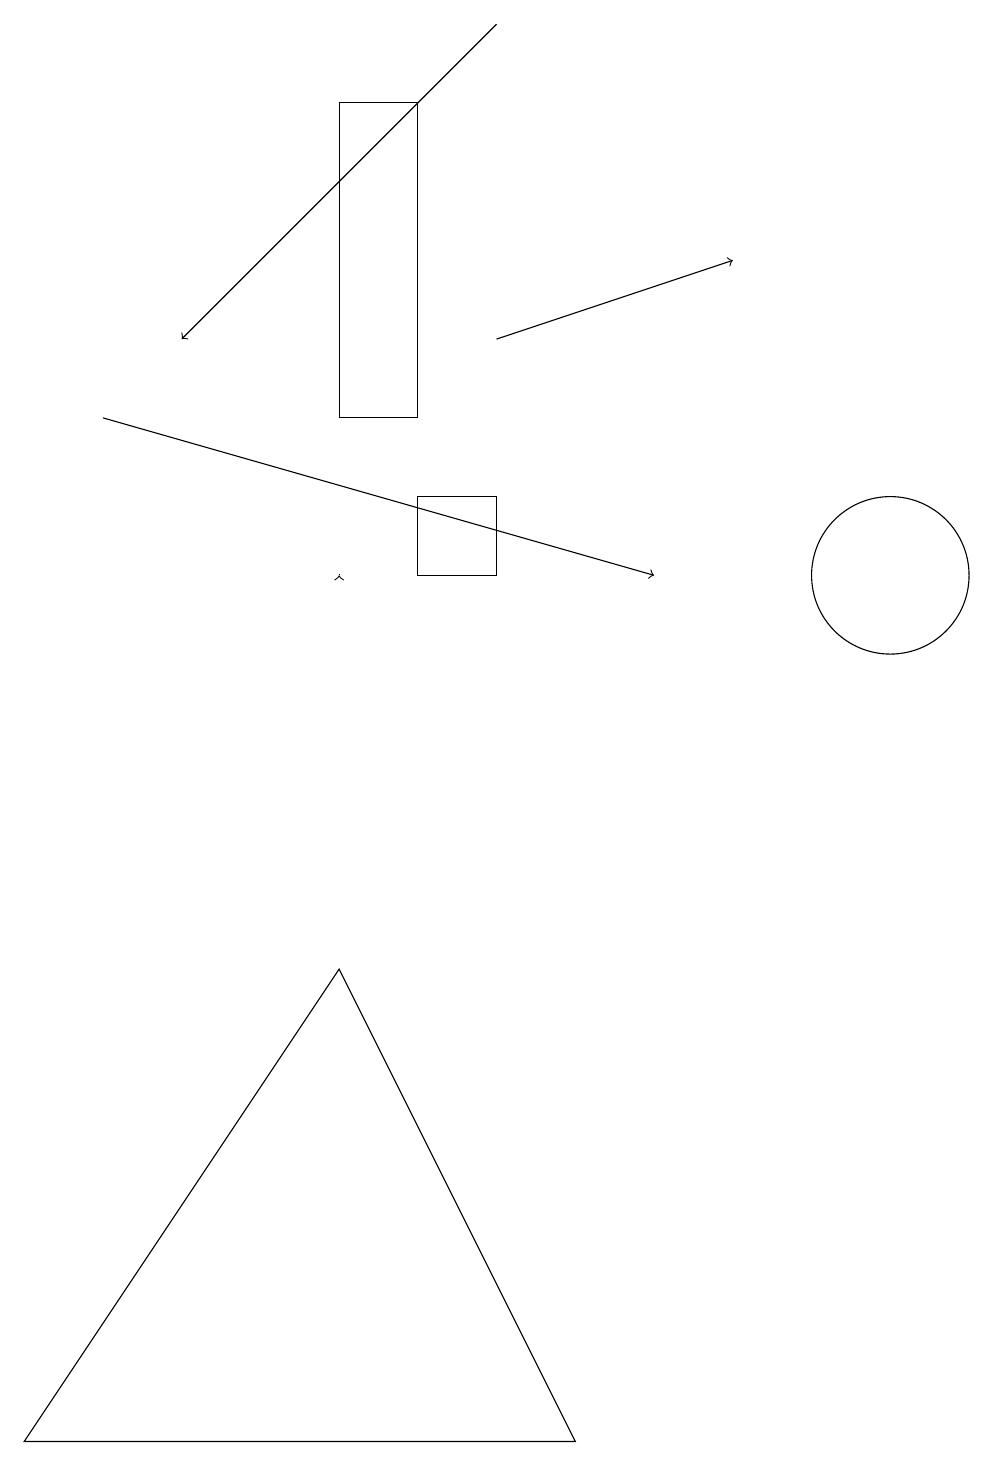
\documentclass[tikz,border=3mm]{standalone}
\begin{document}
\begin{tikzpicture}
\draw[->] (6,14) -- (9,15);
\draw (5,13) rectangle (4,17);
\draw[->] (4,11) -- (4,11);
\draw (7,0) -- (0,0) -- (4,6) -- cycle;
\draw (5,11) rectangle (6,12);
\draw[->] (1,13) -- (8,11);
\draw[->] (6,18) -- (2,14);
\draw (11,11) circle (1);
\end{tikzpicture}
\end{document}